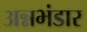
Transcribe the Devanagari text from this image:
अन्नभंडार